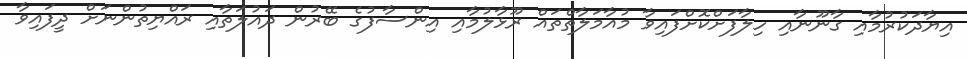
އިޔާދަކުރުމާއި ގާނޫނާއި ހިލާފަށްކޮށްފައިވާ މުއާމަލާތްތައް ރޫޅާލުމާއި އިންސާފުގެ ބޭރުން ދައުލަތާއި ރައްޔިތުންނަށް ދީފައިވާ